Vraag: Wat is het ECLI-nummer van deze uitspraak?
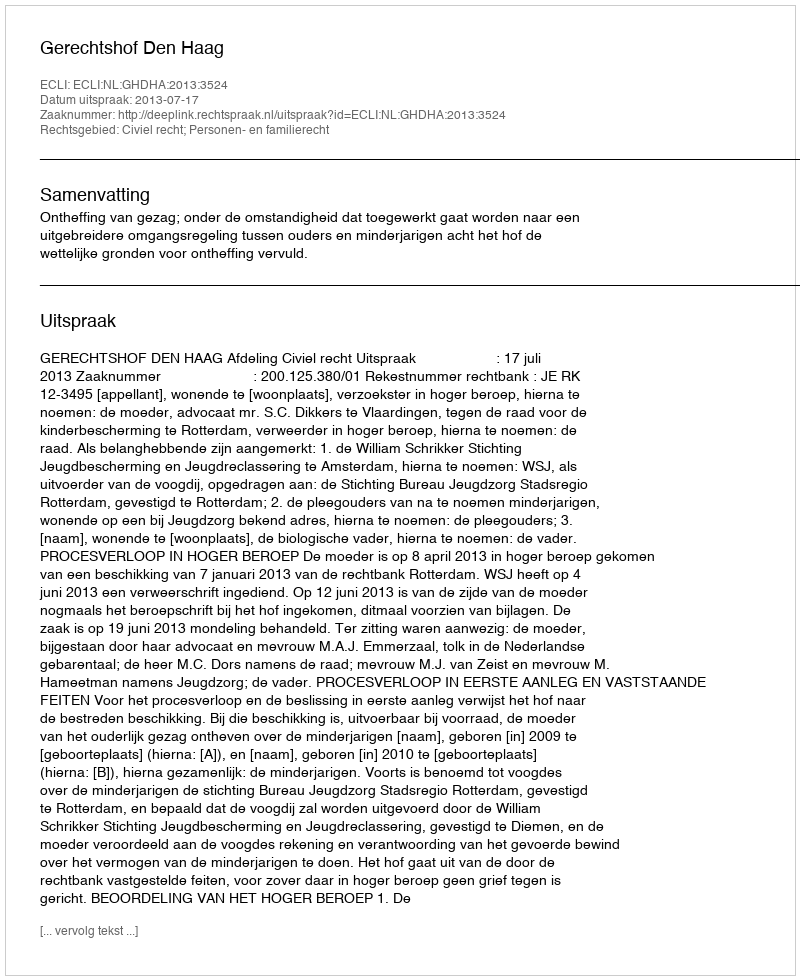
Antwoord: ECLI:NL:GHDHA:2013:3524